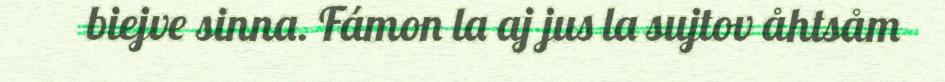
biejve sinna. Fámon la aj jus la sujtov åhtsåm